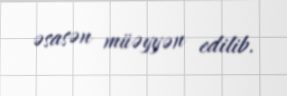
əsasən müəyyən edilib.